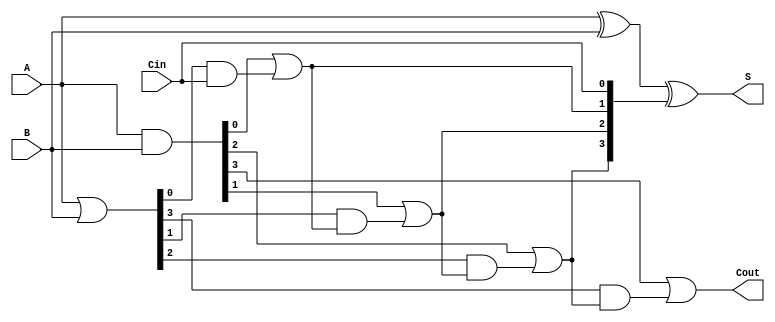
module RippleCarryLookaheadAdder #(parameter n = 4) (
    input  [n-1:0] A,      // n-bit input A
    input  [n-1:0] B,      // n-bit input B
    input         Cin,      // Carry input
    output [n-1:0] S,      // n-bit sum output
    output        Cout      // Carry output
);

    // Generate and Propagate signals
    wire [n-1:0] G; // Generate signals
    wire [n-1:0] P; // Propagate signals
    wire [n:0] C;   // Carry signals

    // Generate and Propagate calculations
    assign G = A & B;          // Gi = Ai AND Bi
    assign P = A | B;          // Pi = Ai OR Bi

    // Carry calculations using lookahead logic
    assign C[0] = Cin;         // C0 = Cin
    genvar i;
    generate
        for (i = 0; i < n; i = i + 1) begin : carry_logic
            if (i == 0) begin
                assign C[i + 1] = G[i] | (P[i] & C[i]); // C1 = G0 OR (P0 AND C0)
            end else begin
                assign C[i + 1] = G[i] | (P[i] & C[i]); // Ci+1 = Gi OR (Pi AND Ci)
            end
        end
    endgenerate

    // Sum calculations
    assign S = A ^ B ^ C[n-1:0]; // Si = Ai XOR Bi XOR Ci

    // Final carry output
    assign Cout = C[n]; // Cout = Cn

endmodule